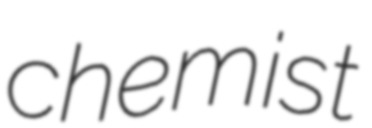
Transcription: chemist